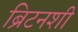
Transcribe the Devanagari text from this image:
ब्रिटनशी